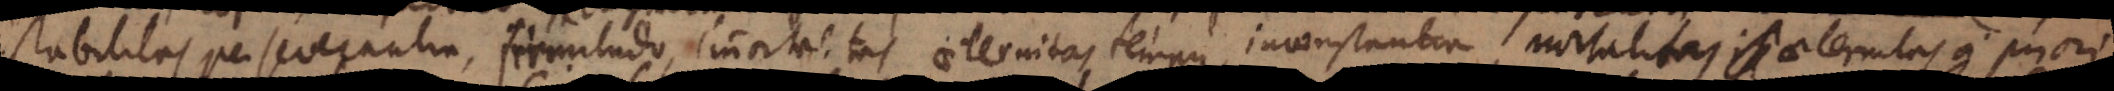
stabilitas, perseverantia, firmitudo, immortalitas, aeternitas, tempus, inconstantia, mortalitas, aeternitas a priori,